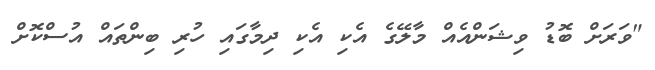
"ވަރަށް ބޮޑު ވިޝަންއެއް މާލޭގެ އެކި އެކި ދިމާގައި ހުރި ބިންތައް އުސްކޮށް